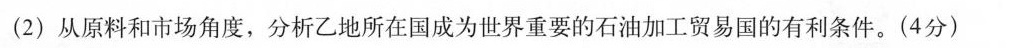
(2)从原料和市场角度，分析乙地所在国成为世界重要的石油加工贸易国的有利条件。(4分)